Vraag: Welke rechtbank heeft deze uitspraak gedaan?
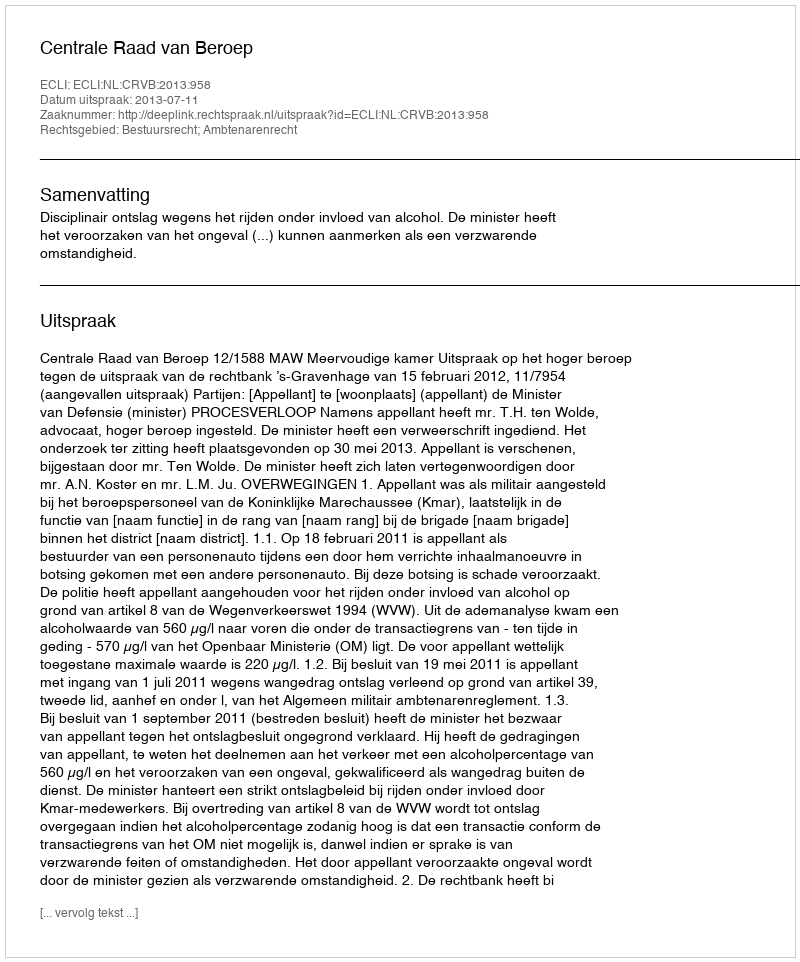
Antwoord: Centrale Raad van Beroep